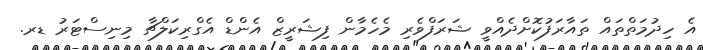
އެ ހިދުމަތްތައް ތައާރަފުކޮށްދެއްވީ ޝަރަފްވެރި މެހެމާން ފިޝަރީޒް އެންޑް އެގްރިކަލްޗާ މިނިސްޓަރު ޑރ.